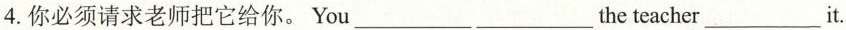
4.你必须请求老师把它给你. You___ ___the teacher___it.